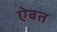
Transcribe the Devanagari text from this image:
ऐबत